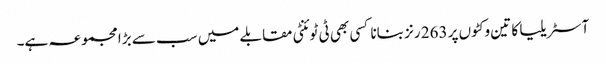
آسٹریلیا کا تین وکٹوں پر 263 رنز بنانا کسی بھی ٹی ٹوئنٹی مقابلے میں سب سے بڑا مجموعہ ہے۔